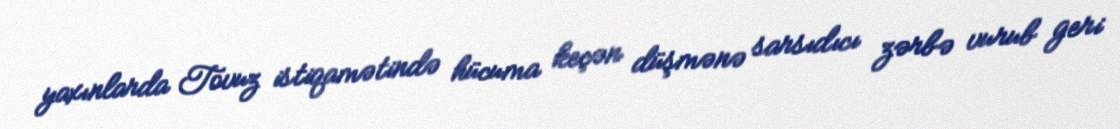
yaxınlarda Tovuz istiqamətində hücuma keçən düşmənə sarsıdıcı zərbə vurub geri